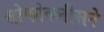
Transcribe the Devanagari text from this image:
सोफोक्लीसने